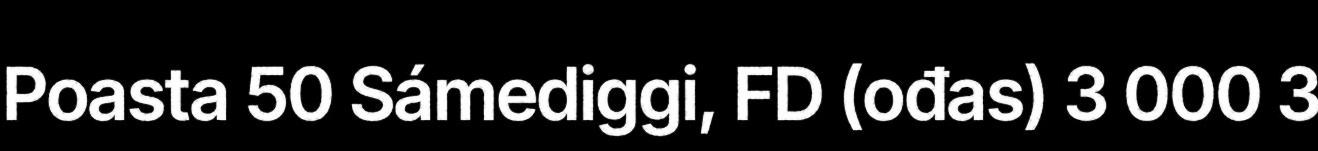
Poasta 50 Sámediggi, FD (ođas) 3 000 3